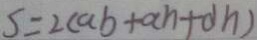
s = 2 ( a b + a n + d n )